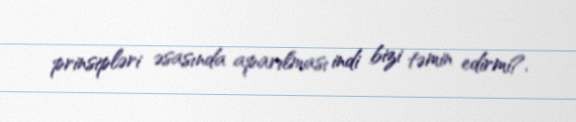
prinsipləri əsasında aparılması indi bizi təmin edirmi?.